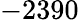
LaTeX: -2390